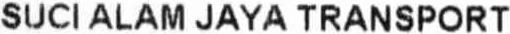
SUCI ALAM JAYA TRANSPORT